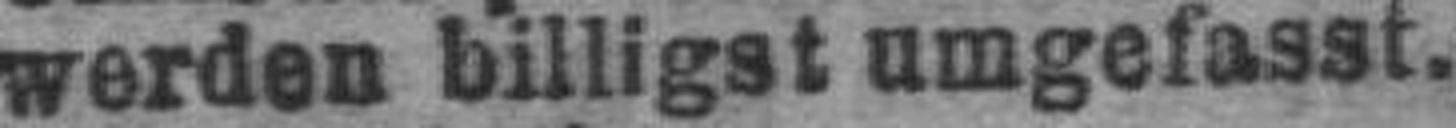
werden billiget umgefasst.